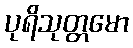
ပုရိသုတ္တမော